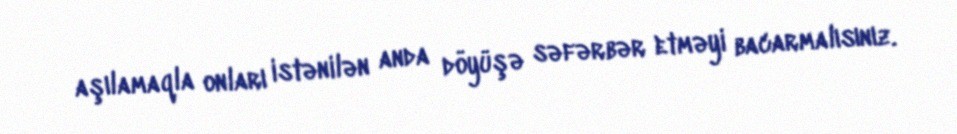
aşılamaqla onları istənilən anda döyüşə səfərbər etməyi bacarmalısınız.